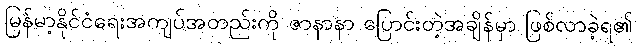
မြန်မာ့နိုင်ငံရေးအကျပ်အတည်းကို ဇာနာနာ ပြောင်းတဲ့အချိန်မှာ ဖြစ်လာခဲ့ရ၏